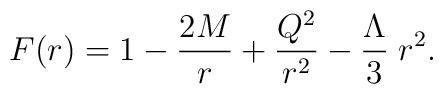
F(r) = 1 - {2M\over r} + {Q^2\over r^2} - {\Lambda\over 3}\; r^2.